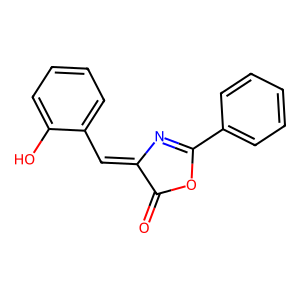
SMILES: O=C1OC(c2ccccc2)=NC1=Cc1ccccc1O
Inhibits HIV replication: No